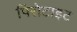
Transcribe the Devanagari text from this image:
पिरोटाइट